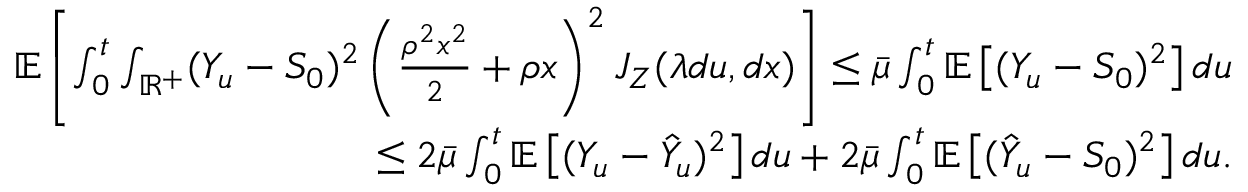
\begin{array} { r } { \mathbb { E } \left[ \int _ { 0 } ^ { t } \int _ { \mathbb { R } ^ { + } } ( Y _ { u } - S _ { 0 } ) ^ { 2 } \left( \frac { \rho ^ { 2 } x ^ { 2 } } { 2 } + \rho x \right) ^ { 2 } J _ { Z } ( \lambda d u , d x ) \right] \leq \bar { \mu } \int _ { 0 } ^ { t } \mathbb { E } \left[ ( Y _ { u } - S _ { 0 } ) ^ { 2 } \right] d u } \\ { \leq 2 \bar { \mu } \int _ { 0 } ^ { t } \mathbb { E } \left[ ( Y _ { u } - \hat { Y } _ { u } ) ^ { 2 } \right] d u + 2 \bar { \mu } \int _ { 0 } ^ { t } \mathbb { E } \left[ ( \hat { Y } _ { u } - S _ { 0 } ) ^ { 2 } \right] d u . } \end{array}